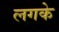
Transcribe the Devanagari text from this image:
लगके